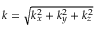
k = \sqrt { k _ { x } ^ { 2 } + k _ { y } ^ { 2 } + k _ { z } ^ { 2 } }